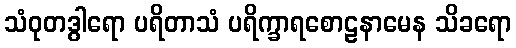
သံဝုတဒွါရော ပရိတာသံ ပရိက္ခာရစောဠနာမေန သိခရော